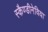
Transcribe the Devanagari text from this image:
स्कैण्डीनेविया